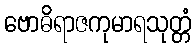
ဗောဓိရာဇကုမာရသုတ္တံ